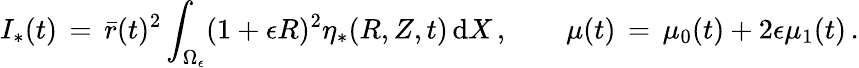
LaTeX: I_{*}(t)\, =\, \bar{r}(t)^{2}\int_{\Omega_{\epsilon}}(1+\epsilon R)^{2}\eta_{*}(R,Z,t)\, \mathrm{d}X\, ,\qquad\mu(t)\, =\, \mu_{0}(t)+2\epsilon\mu_{1}(t)\, .